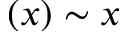
( x ) \sim x